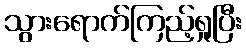
သွားရောက်ကြည့်ရှုပြီး